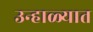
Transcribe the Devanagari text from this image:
उन्‍हाळ्यात